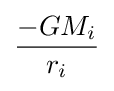
{\frac {-GM_{i}}{r_{i}}}